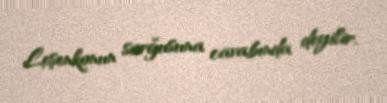
Leşenkonun sorğusuna cavabında deyilir.